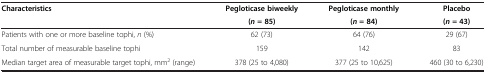
| <ROWSPAN=2> Characteristics | Pegloticase biweekly | Pegloticase monthly | Placebo |
 | (n = 85) | (n = 84) | (n = 43) |
 | --- | --- | --- | --- |
 | Patients with one or more baseline tophi, n (%) | 62 (73) | 64 (76) | 29 (67) |
 | Total number of measurable baseline tophi | 159 | 142 | 83 |
 | Median target area of measurable target tophi, mm2 (range) | 378 (25 to 4,080) | 377 (25 to 10,625) | 460 (30 to 6,230) |